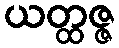
ယတ္ထဇ္ဇ